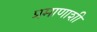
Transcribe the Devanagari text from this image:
प्रमाणाशी